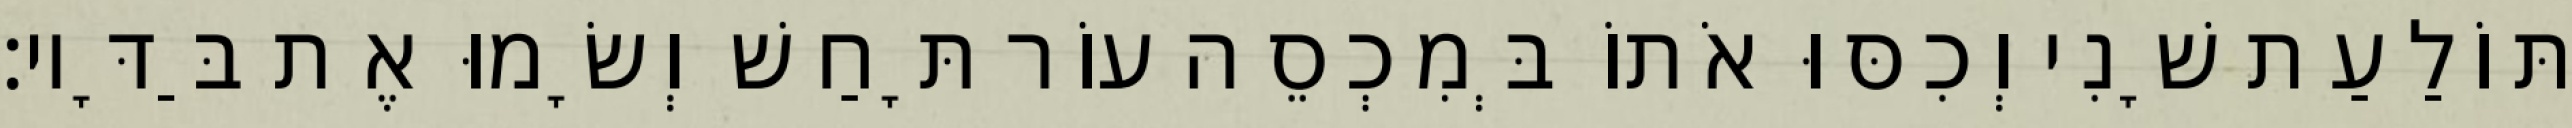
תּוֹלַעַת שָׁנִי וְכִסּוּ אֹתוֹ בְּמִכְסֵה עוֹר תָּחַשׁ וְשָׂמוּ אֶת בַּדָּיו׃